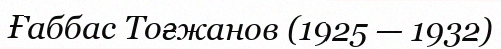
Ғаббас Тоғжанов (1925 — 1932)